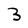
Character: 3